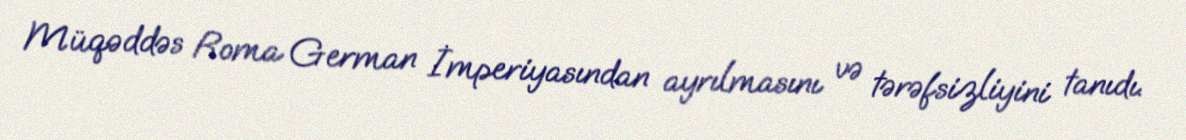
Müqəddəs Roma German İmperiyasından ayrılmasını və tərəfsizliyini tanıdı.